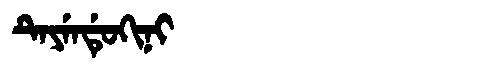
Manchu: ᡨᡝᠶᡝᠨᡩᡠᡴᡳᠨᡳ
Romanization: TEYENDUKINI